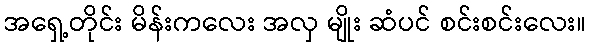
အရှေ့တိုင်း မိန်းကလေး အလှ မျိုး ဆံပင် စင်းစင်းလေး။